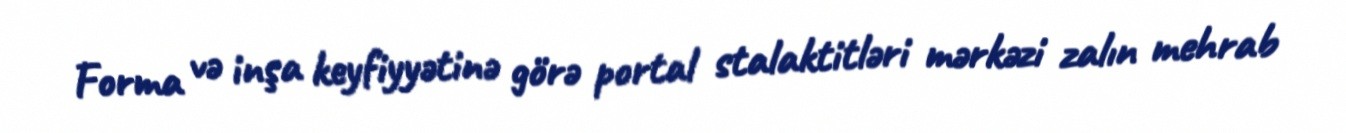
Forma və inşa keyfiyyətinə görə portal stalaktitləri mərkəzi zalın mehrab